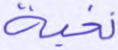
نخبة